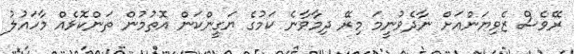
ރޭވެސް ޒެވިޔަންއަށް ނާދެވުނީމަ މިރޭ ދިމާވާނެ ކަމުގެ ޔަގީންކަން އޮތުމުން ތަންކޮޅެއް މާހައުލު